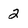
Character: 2